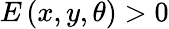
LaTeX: E\left(x,y,\theta\right)>0